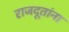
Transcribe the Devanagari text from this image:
राजदूतांना